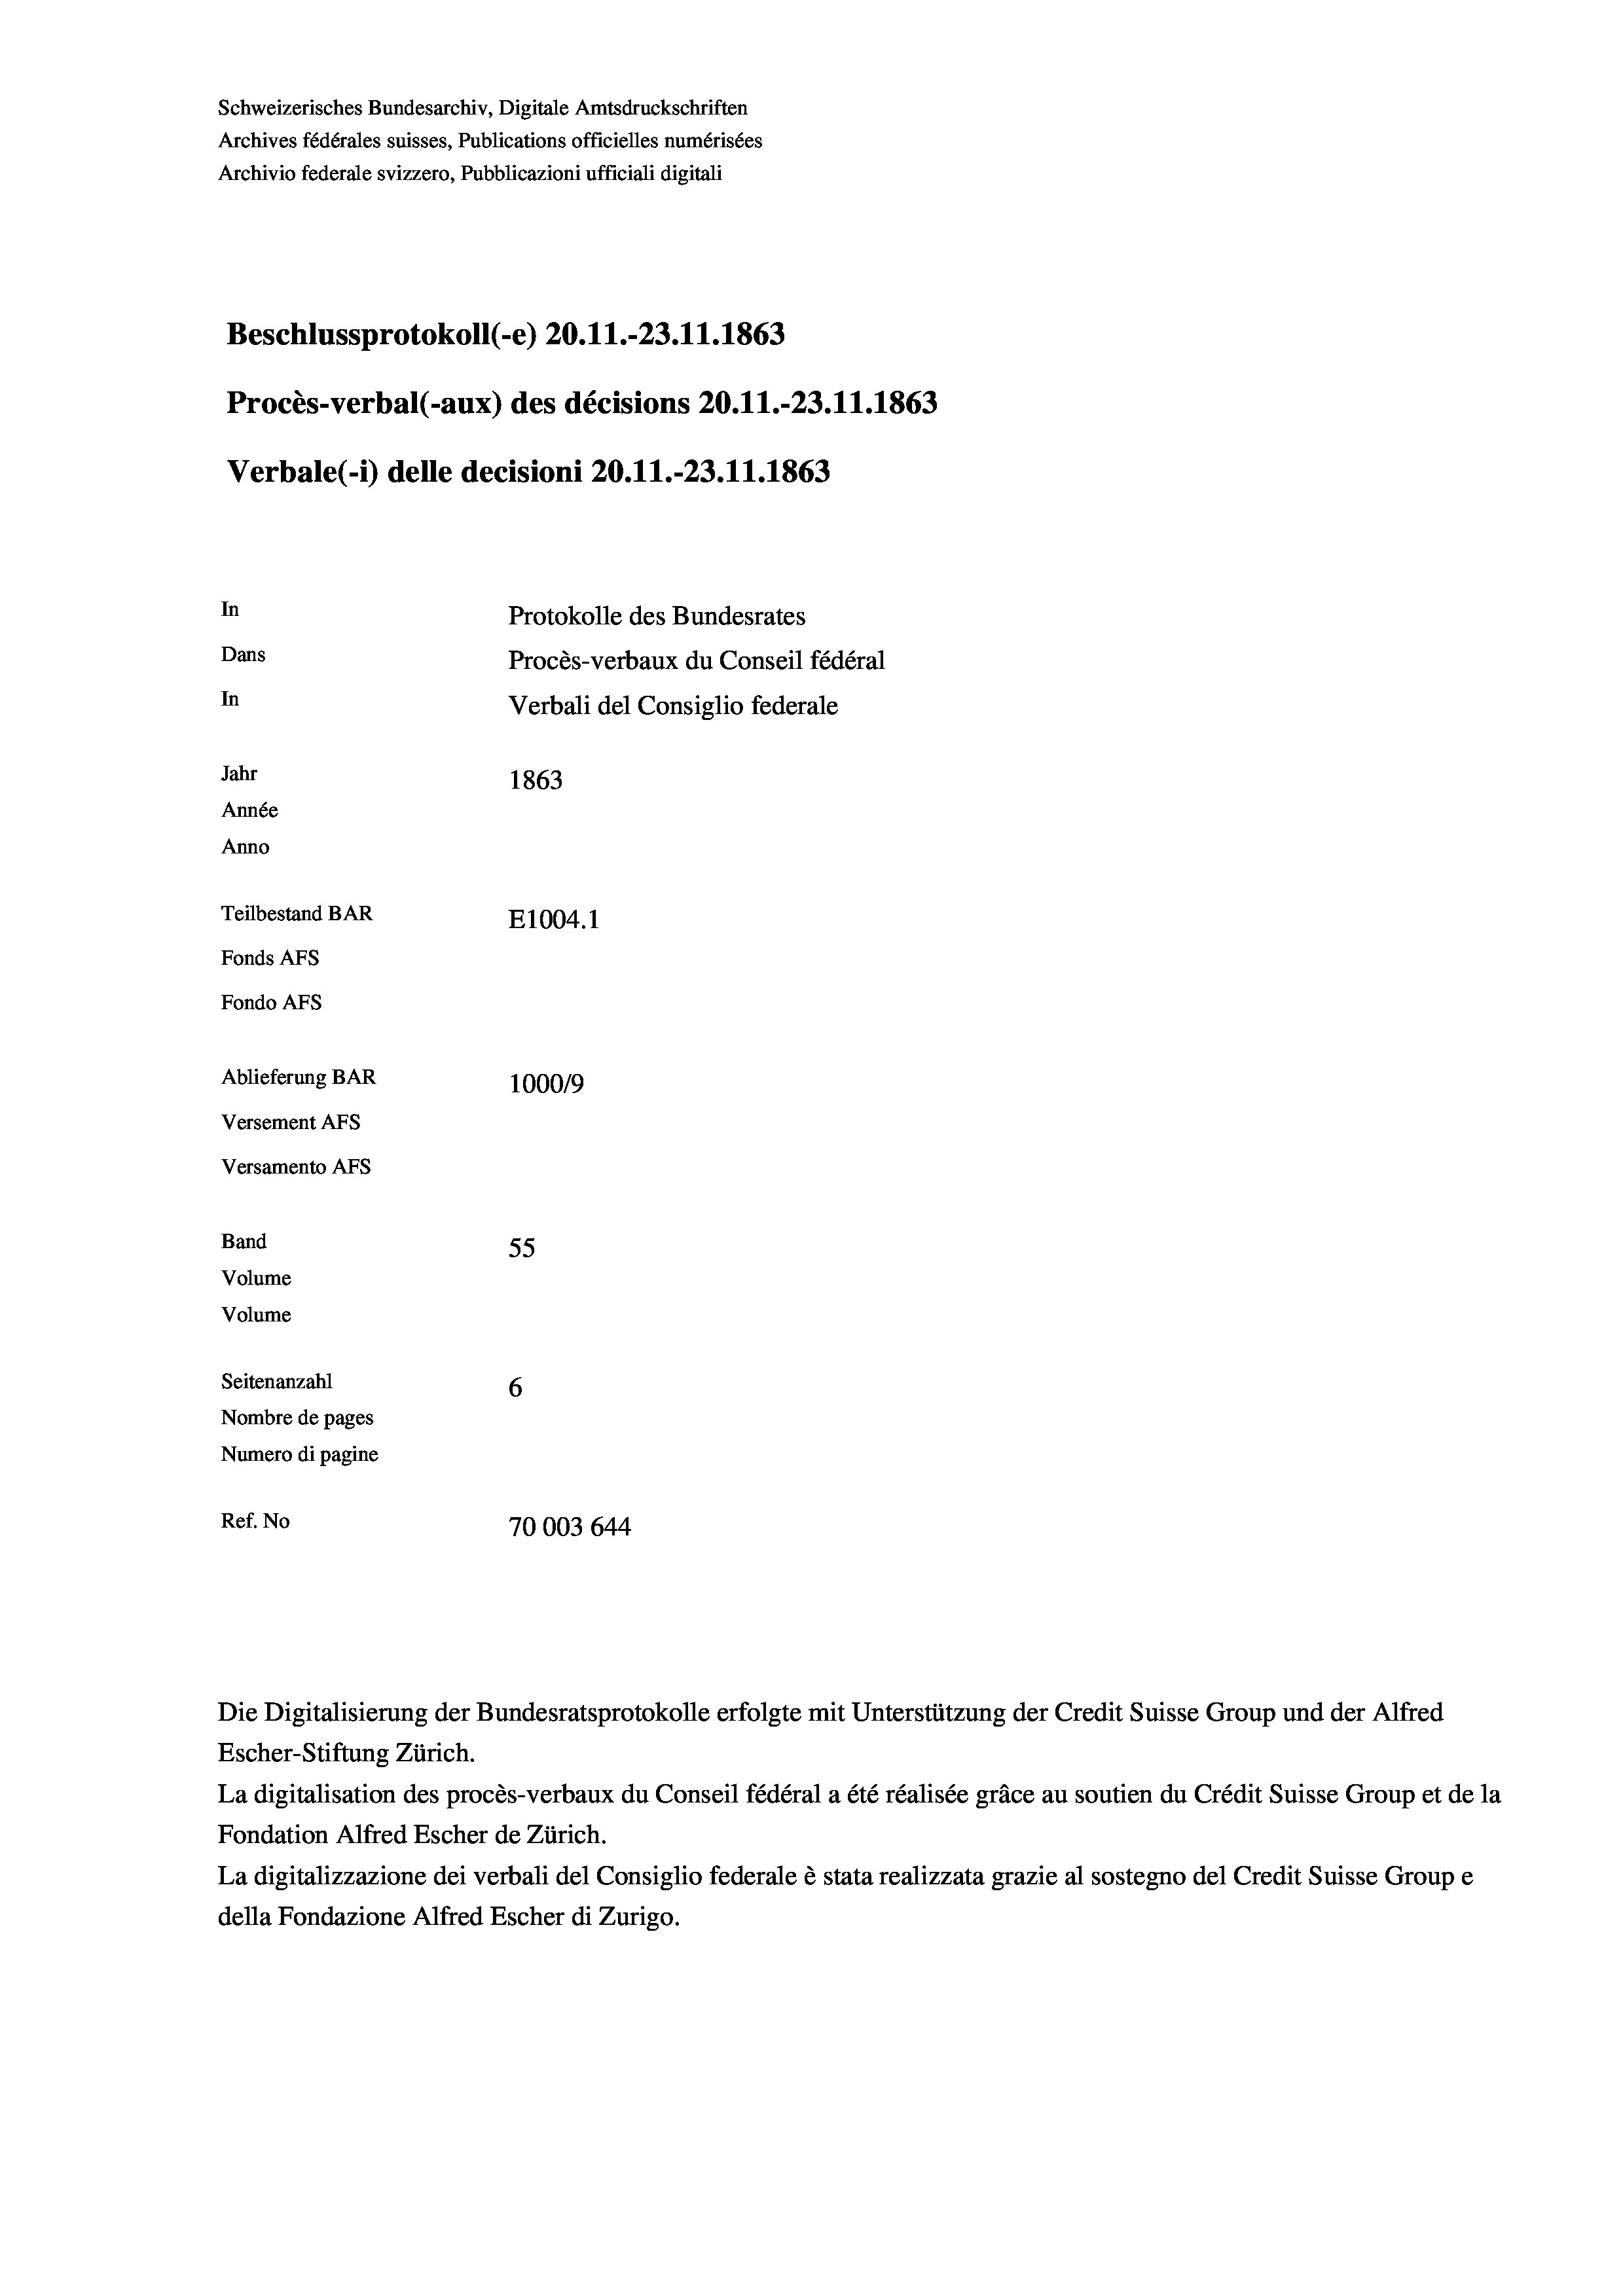
Beschlussprotokoll (-e) 20.11.-23. 11. 1863
Procès-verbal (-aux) des décisions 20.11.-23.11.1863
In
Protokolle des Bundesrates
Dans
Procès-verbaux du Conseil fédéral
In
Verbali del Consiglio federale
Jahr
1863
Année
Anno
Teilbestand BAR
E1004.1
Fonds AFs
Fondo AFs
Ablieferung BAR
100019
Versement As

Versamento AFs
Band
Volume
Volume
Seitenanzahl
Nombre de pages
Numero di pagine

Ref. No

Schweizerisches Bundesarchiv, Digitale Amtsdruckschriften
Archives fédérales suisses, Publications officielles numérisées
Archivio federale svizzero, Pubblicazioni ufficiali digitali

Die Digitalisierung der Bundesratsprotokolle erfolgte mit Unterstützung der Credit Suisse Group und der Alfred
Escher-Stiftung Zürich.
La digitalisation des procès-verbaux du Conseil fédéral a été réalisée gräce au soutien du Crédit Suisse Group et de la
Fondation Alfred Escher de Zürich.
La digitalizzazione dei verbali del Consiglio federale è stata realizzata grazie al sostegno del Credit Suisse Groupe
della Fondazione Alfred Escher di Zurigo.

Verbale(-*) delle decisioni 20.11.-23. 11. 1863

55
6
70003 644